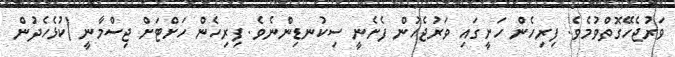
ވަރުޖެހޭގޮތްވުމެވެ. ފިރިހެން ހަށީގައި ވަރުޖެހުން ފެށެނީ ސިކުނޑިންނެވެ. ފިރިހެން ހަށްޓަށް ޖިސްމާނީ (ކުޅެހެދުން